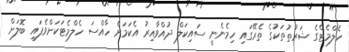
ހެލްމެޓްގެ ޝަރުތުތަކުގެ ތެރޭގައި ހިމެނެނީ ސައިކަލް ދުއްވާއިރު އެކަމަށް ހާއްސަ ހެލްމެޓަކަށްވެފައި ބޮލަށް